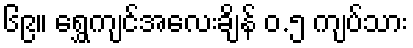
၆၉။ ရွှေကျင်အလေးချိန် ၀.၅ ကျပ်သား